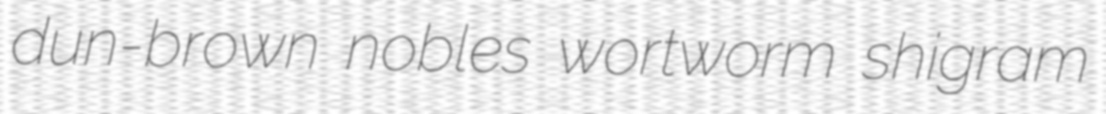
dun-brown nobles wortworm shigram